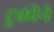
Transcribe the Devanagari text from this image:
टुकीने